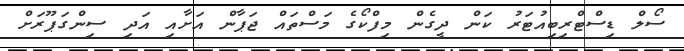
ސޯލް ޑިސްޓްރިބިއުޓަރު ކަން ދީގެން މިފްކޯގެ މަސްތައް ޖަޕާން އަށާއި އަދި ސިންގަޕޫރަށް